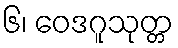
၆၊ ဝေဒဂူသုတ္တ